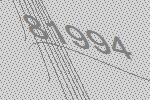
81994